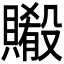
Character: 𬥨